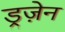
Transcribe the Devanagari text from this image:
ड्रज़ेन